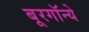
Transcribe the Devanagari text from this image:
बूरगॉन्ये